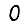
Digit: 0